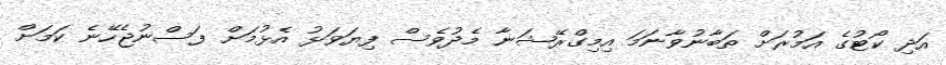
އަދި ކޯޓުގެ އަމުރަށް ތަބާނުވާނަމަ އިމިގްރޭޝަނާ މެދުވެސް ފިޔަވަޅު އެޅުމަށް ފަސްނުޖެހޭނެ ކަމަށް